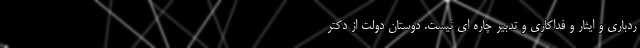
ردباری و ایثار و فداکاری و تدبیر چاره ای نیست. دوستان دولت از دکتر